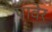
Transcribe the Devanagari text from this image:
पावेर